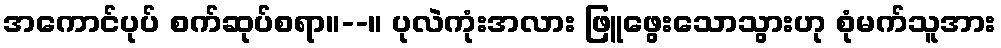
အကောင်ပုပ် စက်ဆုပ်စရာ။--။ ပုလဲကုံးအလား ဖြူဖွေးသောသွားဟု စုံမက်သူအား